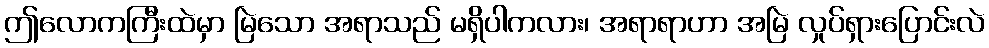
ဤလောကကြီးထဲမှာ မြဲသော အရာသည် မရှိပါကလား၊ အရာရာဟာ အမြဲ လှုပ်ရှားပြောင်းလဲ